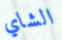
الشاي